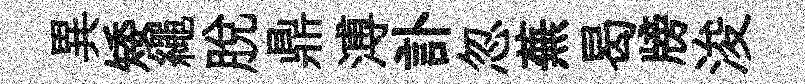
異矮繩脫鼎溥訃忽蕪曷牓浚